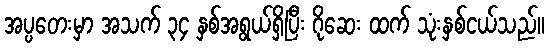
အပ္ပတေးမှာ အသက် ၃၄ နှစ်အရွယ်ရှိပြီး ဂိုဆေး ထက် သုံးနှစ်ငယ်သည်။